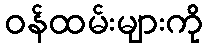
ဝန်ထမ်းများကို